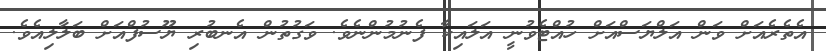
އެތެރެއަށް ވަން އަލްޔަސްއަށް ހުއްޓެވުނީ އަލައިކާ ފެނުމުންނެވެ. ވަގުތުން އެނބުރި ޔޫސުފްއަށް ބަލާލިއެވެ.